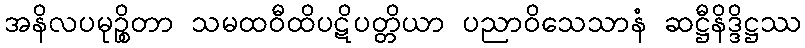
အနိလပမုဉ္စိတာ သမထဝီထိပဋိပတ္တိယာ ပညာဝိသေသာနံ ဆဋ္ဌီနိဒ္ဒိဋ္ဌဿ